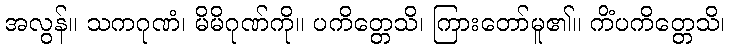
အလွန်။ သကဂုဏံ၊ မိမိဂုဏ်ကို။ ပကိတ္တေသိ၊ ကြားတော်မူ၏။ ကိံပကိတ္တေသိ၊